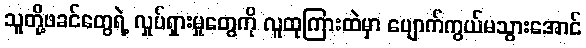
သူတို့ဖခင်တွေရဲ့ လှုပ်ရှားမှုတွေကို လူထုကြားထဲမှာ ပျောက်ကွယ်မသွားအောင်